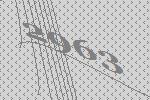
2963